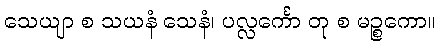
သေယျာ စ သယနံ သေနံ၊ ပလ္လင်္ကော တု စ မဉ္စကော။